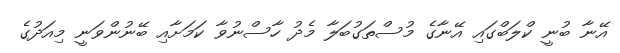
އޭނާ ބުނީ ކްލަބްގައި އޭނާގެ މުސްތަގުބަލާ މެދު ހާސްނުވާ ކަމަށާއި ބޭނުންވަނީ މިއަދުގެ